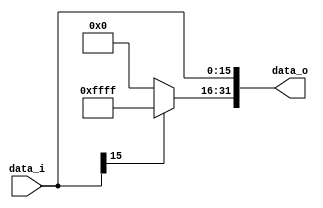
//Subject:     CO project 2 - Sign extend
//--------------------------------------------------------------------------------
//Version:     1
//--------------------------------------------------------------------------------
//Writer:      110550029
//----------------------------------------------
//Date:        
//----------------------------------------------
//Description: 
//--------------------------------------------------------------------------------
`timescale 1ns/1ps
module Sign_Extend(
    data_i,
    data_o
    );
               
//I/O ports
input   [16-1:0] data_i;
output  [32-1:0] data_o;

//Internal Signals
reg     [32-1:0] data_o;

//Sign extended
always @(data_i) begin
	data_o[15:0]<=data_i;
	if(data_i[15]==1) data_o[31:16]<=16'b1111111111111111;
	else data_o[31:16]<=15'b0;
end

endmodule